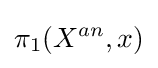
\pi _{1}(X^{an},x)